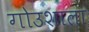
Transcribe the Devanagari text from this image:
गोउशाला